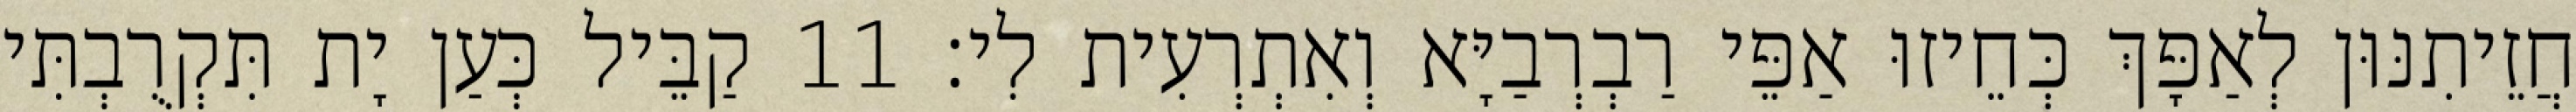
חֲזֵיתִנּוּן לְאַפָּךְ כְּחֵיזוּ אַפֵּי רַבְרְבַיָּא וְאִתְרְעִית לִי׃ 11 קַבֵּיל כְּעַן יָת תִּקְרֻבְתִּי